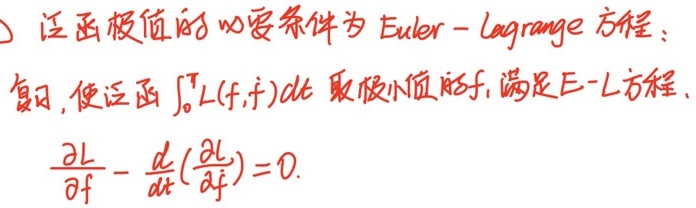
) 泛函极值的必要条件为Euler - Lagrange方程：复习，使泛函\(\int_{0}^{T}L(f,\dot{f})dt\)取极小值的\(f\)，满足E - L方程，\(\frac{\partial L}{\partial f}-\frac{d}{dt}(\frac{\partial L}{\partial \dot{f}})=0\)。